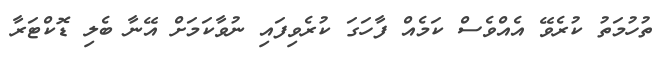
ތުހުމަތު ކުރެވޭ އެއްވެސް ކަމެއް ފާހަގަ ކުރެވިފައި ނުވާކަމަށް އޭނާ ބެލި ޑޮކްޓަރާ